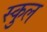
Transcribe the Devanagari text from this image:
स्‍कुल